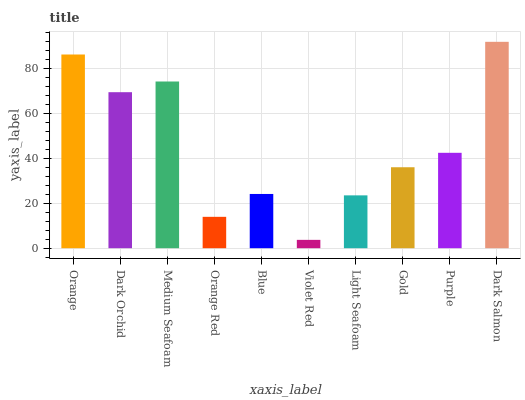
| xaxis_label | bars |
 | --- | --- |
 | Orange | 86.2 |
 | Dark Orchid | 69.5 |
 | Medium Seafoam | 74.2 |
 | Orange Red | 14 |
 | Blue | 24.1 |
 | Violet Red | 3.71 |
 | Light Seafoam | 23.5 |
 | Gold | 36 |
 | Purple | 42.5 |
 | Dark Salmon | 91.9 |